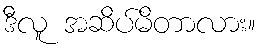
ဒီလူ အဆိပ်မိတာလား။